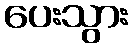
ပေးသွား